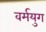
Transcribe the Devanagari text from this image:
वर्मयुग